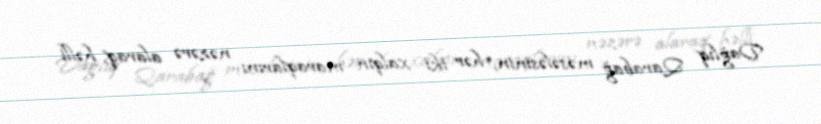
Dağlıq Qarabağ məsələsinin, hər iki xalqın maraqlarını nəzərə alaraq, həlli